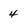
Character: 4